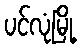
ပင်လုံမြို့